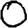
Digit: 0